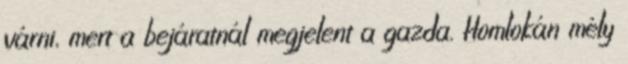
várni, mert a bejáratnál megjelent a gazda. Homlokán mély